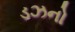
ડઝનો